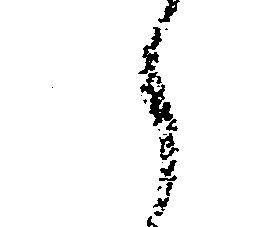
え